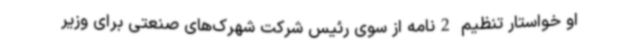
او خواستار تنظیم 2نامه از سوی رئیس شرکت شهرک‌های صنعتی برای وزیر